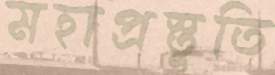
মহাপ্রস্তুতি